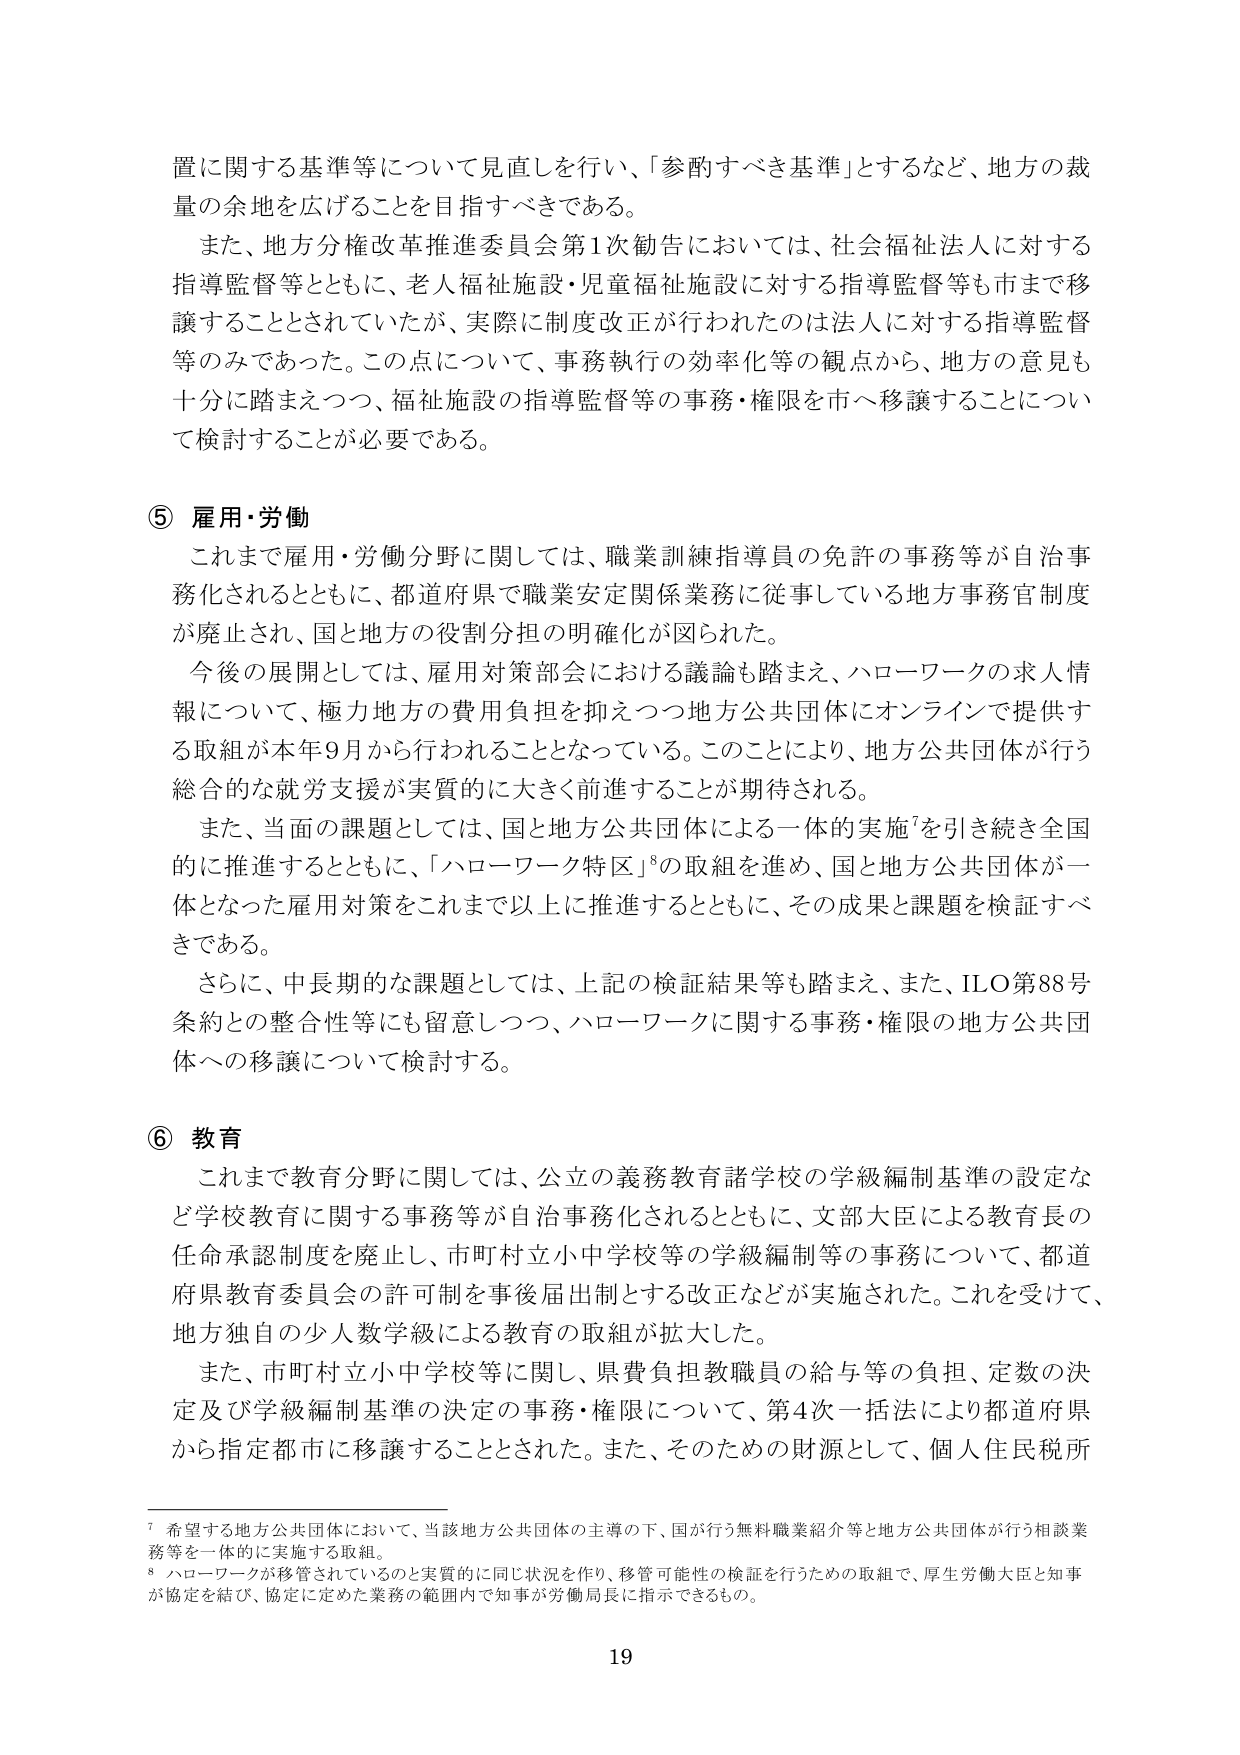
置に関する基準等について見直しを行い、「参酌すべき基準」とするなど、地方の裁量の余地を広げることを目指すべきである。

また、地方分権改革推進委員会第1次勧告においては、社会福祉法人に対する指導監督等とともに、老人福祉施設・児童福祉施設に対する指導監督等も市まで移譲することとされていたが、実際に制度改正が行われたのは法人に対する指導監督等のみであった。この点について、事務執行の効率化等の観点から、地方の意見も十分に踏まえつつ、福祉施設の指導監督等の事務・権限を市へ移譲することについて検討することが必要である。

⑤ 雇用・労働

これまで雇用・労働分野に関しては、職業訓練指導員の免許の事務等が自治事務化されるとともに、都道府県で職業安定関係業務に従事している地方事務官制度が廃止され、国と地方の役割分担の明確化が図られた。

今後の展開としては、雇用対策部会における議論も踏まえ、ハローワークの求人情報について、極力地方の費用負担を抑えつつ地方公共団体にオンラインで提供する取組が本年9月から行われることとなっている。このことにより、地方公共団体が行う総合的な就労支援が実質的に大きく前進することが期待される。

また、当面の課題としては、国と地方公共団体による一体的実施⁷を引き続き全国的に推進するとともに、「ハローワーク特区」⁸の取組を進め、国と地方公共団体が一体となった雇用対策をこれまで以上に推進するとともに、その成果と課題を検証すべきである。

さらに、中長期的な課題としては、上記の検証結果等も踏まえ、また、ILO第88号条約との整合性等にも留意しつつ、ハローワークに関する事務・権限の地方公共団体への移譲について検討する。

⑥ 教育

これまで教育分野に関しては、公立の義務教育諸学校の学級編制基準の設定など学校教育に関する事務等が自治事務化されるとともに、文部大臣による教育長の任命承認制度を廃止し、市町村立小中学校等の学級編制等の事務について、都道府県教育委員会の許可制を事後届出制とする改正などが実施された。これを受けて、地方独自の少人数学級による教育の取組が拡大した。

また、市町村立小中学校等に関し、県費負担教職員の給与等の負担、定数の決定及び学級編制基準の決定の事務・権限について、第4次一括法により都道府県から指定都市に移譲することとされた。また、そのための財源として、個人住民税所

⁷ 希望する地方公共団体において、当該地方公共団体の主導の下、国が行う無料職業紹介等と地方公共団体が行う相談業務等を一体的に実施する取組。

⁸ ハローワークが移管されているのと実質的に同じ状況を作り、移管可能性の検証を行うための取組で、厚生労働大臣と知事が協定を結び、協定に定めた業務の範囲内で知事が労働局長に指示できるもの。

19